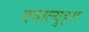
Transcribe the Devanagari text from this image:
क्वाल्युड्स